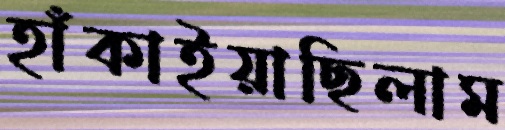
হাঁকাইয়াছিলাম